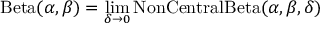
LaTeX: \operatorname { B e t a } ( \alpha , \beta ) = \operatorname* { l i m } _ { \delta \to 0 } \mathrm { { N o n C e n t r a l B e t a } } ( \alpha , \beta , \delta )